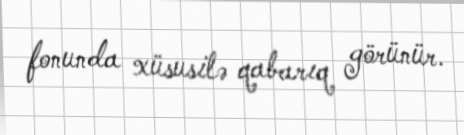
fonunda xüsusilə qabarıq görünür.